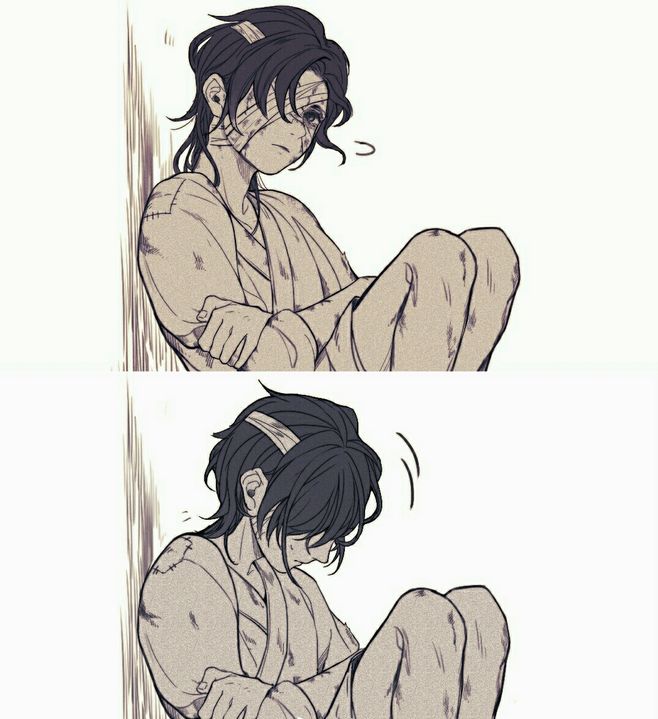
重铸锄犁作斤，姑舂妇担去轮官，输官不足归卖屋。